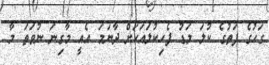
ގަހުގެ ފަތުގެ ކުލަ މަޑު ފެހިކުލައަކަށް ދާނަމަ އެއީ މާގިނަ ނުވަތަ މާ